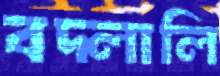
বদ্‌লালি